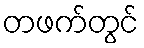
တဖက်တွင်